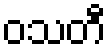
ဝသတီ